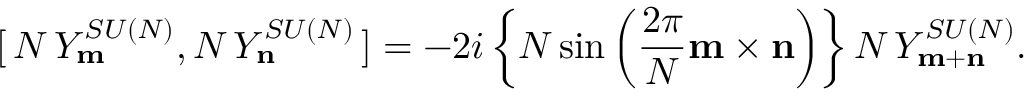
[ \, N \, Y _ { \bf m } ^ { S U ( N ) } , N \, Y _ { \bf n } ^ { S U ( N ) } \, ] = - 2 i \left\{ N \sin \left( \frac { 2 \pi } { N } { \bf m \times n } \right) \right\} N \, Y _ { \bf m + n } ^ { S U ( N ) } .